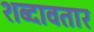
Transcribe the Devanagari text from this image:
शब्दावतार